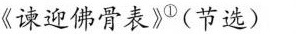
《谏迎佛骨表》^{①}(节选)